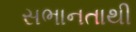
સભાનતાથી